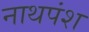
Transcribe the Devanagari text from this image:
नाथपंश